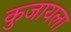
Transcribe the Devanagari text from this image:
कुजायला